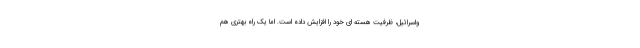
واسرائیل، ظرفیت هسته ای خود را افزایش داده است. اما یک راه بهتری هم